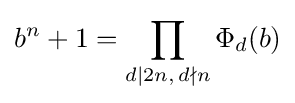
b^{n}+1=\prod _{d\mid 2n,\,d\nmid n}\Phi _{d}(b)